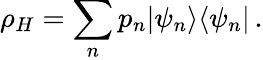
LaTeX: \rho_{H}=\sum_{n}p_{n}|\psi_{n}\rangle\langle\psi_{n}|\, .